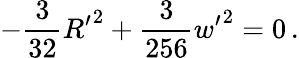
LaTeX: -\frac{3}{32}{R^{\prime}}^{2}+\frac{3}{256}{w^{\prime}}^{2}=0\, .